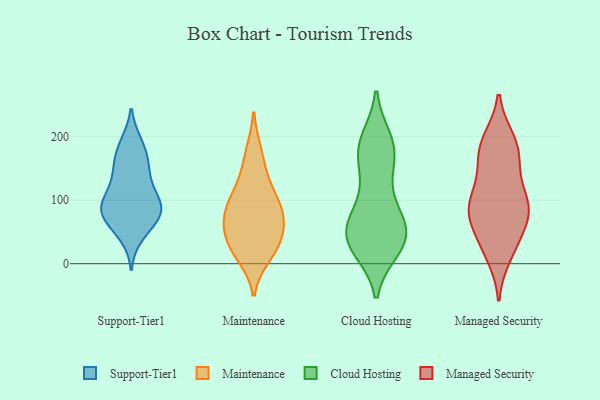
{"axis": {"x": "Budget (USD K)", "y": "Value"}, "legend": ["Cloud Hosting", "Maintenance", "Managed Security", "Support-Tier1"], "data": [{"x": "", "y": 186, "type": "Support-Tier1"}, {"x": "", "y": 45, "type": "Support-Tier1"}, {"x": "", "y": 135, "type": "Support-Tier1"}, {"x": "", "y": 139, "type": "Support-Tier1"}, {"x": "", "y": 58, "type": "Support-Tier1"}, {"x": "", "y": 164, "type": "Support-Tier1"}, {"x": "", "y": 81, "type": "Support-Tier1"}, {"x": "", "y": 79, "type": "Support-Tier1"}, {"x": "", "y": 83, "type": "Support-Tier1"}, {"x": "", "y": 189, "type": "Support-Tier1"}, {"x": "", "y": 98, "type": "Support-Tier1"}, {"x": "", "y": 93, "type": "Support-Tier1"}, {"x": "", "y": 74, "type": "Support-Tier1"}, {"x": "", "y": 157, "type": "Support-Tier1"}, {"x": "", "y": 90, "type": "Support-Tier1"}, {"x": "", "y": 109, "type": "Support-Tier1"}, {"x": "", "y": 110, "type": "Maintenance"}, {"x": "", "y": 139, "type": "Maintenance"}, {"x": "", "y": 54, "type": "Maintenance"}, {"x": "", "y": 82, "type": "Maintenance"}, {"x": "", "y": 11, "type": "Maintenance"}, {"x": "", "y": 48, "type": "Maintenance"}, {"x": "", "y": 19, "type": "Maintenance"}, {"x": "", "y": 83, "type": "Maintenance"}, {"x": "", "y": 90, "type": "Maintenance"}, {"x": "", "y": 177, "type": "Maintenance"}, {"x": "", "y": 40, "type": "Maintenance"}, {"x": "", "y": 66, "type": "Cloud Hosting"}, {"x": "", "y": 71, "type": "Cloud Hosting"}, {"x": "", "y": 34, "type": "Cloud Hosting"}, {"x": "", "y": 30, "type": "Cloud Hosting"}, {"x": "", "y": 128, "type": "Cloud Hosting"}, {"x": "", "y": 101, "type": "Cloud Hosting"}, {"x": "", "y": 23, "type": "Cloud Hosting"}, {"x": "", "y": 195, "type": "Cloud Hosting"}, {"x": "", "y": 61, "type": "Cloud Hosting"}, {"x": "", "y": 193, "type": "Cloud Hosting"}, {"x": "", "y": 52, "type": "Cloud Hosting"}, {"x": "", "y": 28, "type": "Cloud Hosting"}, {"x": "", "y": 29, "type": "Cloud Hosting"}, {"x": "", "y": 158, "type": "Cloud Hosting"}, {"x": "", "y": 172, "type": "Cloud Hosting"}, {"x": "", "y": 41, "type": "Cloud Hosting"}, {"x": "", "y": 186, "type": "Cloud Hosting"}, {"x": "", "y": 176, "type": "Cloud Hosting"}, {"x": "", "y": 66, "type": "Cloud Hosting"}, {"x": "", "y": 74, "type": "Managed Security"}, {"x": "", "y": 192, "type": "Managed Security"}, {"x": "", "y": 95, "type": "Managed Security"}, {"x": "", "y": 87, "type": "Managed Security"}, {"x": "", "y": 164, "type": "Managed Security"}, {"x": "", "y": 89, "type": "Managed Security"}, {"x": "", "y": 29, "type": "Managed Security"}, {"x": "", "y": 195, "type": "Managed Security"}, {"x": "", "y": 168, "type": "Managed Security"}, {"x": "", "y": 186, "type": "Managed Security"}, {"x": "", "y": 82, "type": "Managed Security"}, {"x": "", "y": 140, "type": "Managed Security"}, {"x": "", "y": 29, "type": "Managed Security"}, {"x": "", "y": 89, "type": "Managed Security"}, {"x": "", "y": 13, "type": "Managed Security"}, {"x": "", "y": 58, "type": "Managed Security"}, {"x": "", "y": 111, "type": "Managed Security"}]}